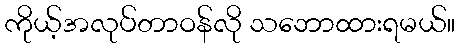
ကိုယ့်အလုပ်တာဝန်လို သဘောထားရမယ်။